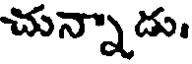
చున్నాడు.